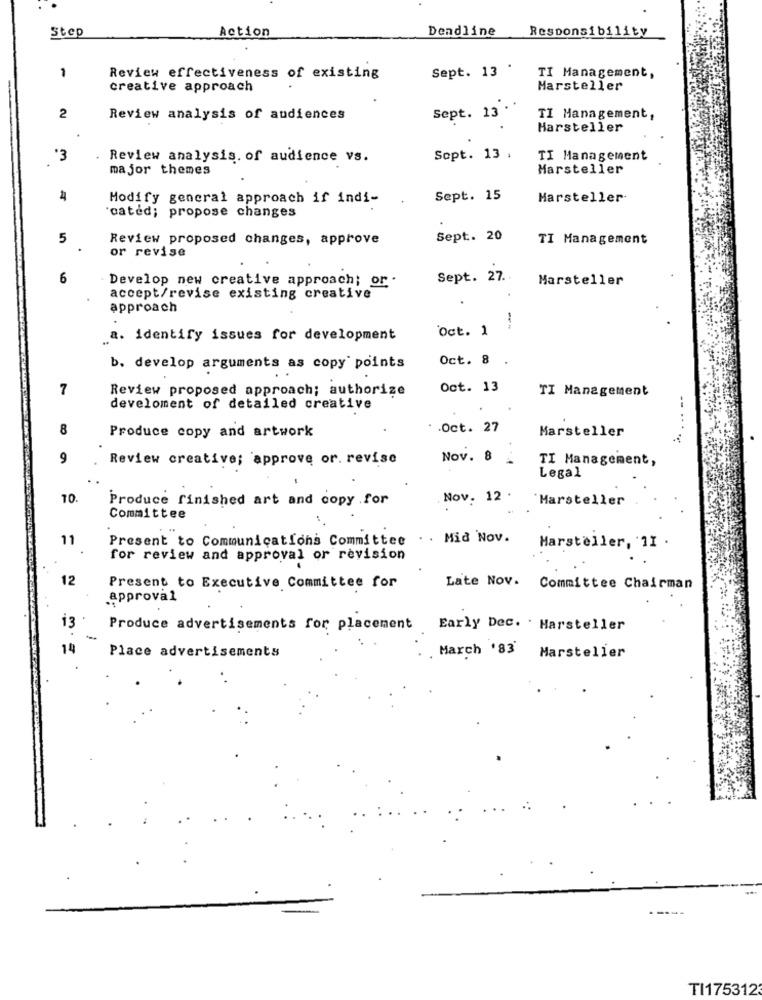
Step
Action
Deadline
Responsibility
1
Sept. 13 '
Review effectiveness of existing
TI Management,
creative approach
Marsteller
Sept. 13'.'
2
Review analysis of audiences
TI Management,
Harsteller
*3
Review analysis. of audience vs.
Sept. 13 .
TI Management
major themes
Marsteller
Modify general approach if indi-
Sept. 15
Marsteller
cated; propose changes
5
Review proposed changes, approve
Sept. 20
TI Management
or revise
6
Develop new creative approach; or .
Sept. 27 ..
Marsteller
accept/revise existing creative
approach
Oct. 1
.a. identify issues for development
Oct. 8 .
b. develop arguments as copy points
7
Review proposed approach; authorize
Oct. 13
TI Management
develoment of detailed creative
8
.. Oct. 27
Marsteller
Produce copy and artwork
-.....
9
Review creative; approve or. revise
Nov. 8
TI Management,
Legal
10.
Produce finished art and copy .for
Nov. 12 .
'Marsteller
Committee
11
Present to Communications Committee
. . Mid Nov.
Marsteller, 11 .
for review and approval or revision
12
Present to Executive Committee for
Late Nov. Committee Chairman
approval
13
Produce advertisements for placement Early Dec. . Harsteller
14
Place advertisements
March '83 Marsteller
TI1753123